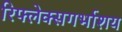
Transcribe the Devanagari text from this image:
रिफ्लेक्सगर्भाशय